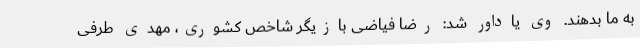
به ما بدهند. وی یاداور شد: رضا فیاضی بازیگر شاخص کشوری، مهدی طرفی